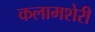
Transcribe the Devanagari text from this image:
कलामशेरी